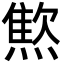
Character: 燞